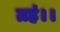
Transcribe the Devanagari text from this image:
ग्रहं।।